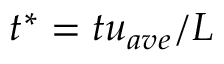
t ^ { * } = t u _ { a v e } / L